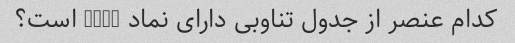
کدام عنصر از جدول تناوبی دارای نماد "Cl" است؟